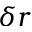
\delta r